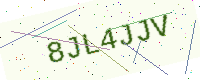
Text: 8JL4JJV